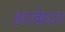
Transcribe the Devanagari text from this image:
हारवेस्टर